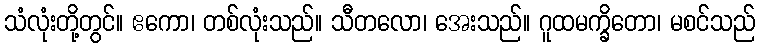
သံလုံးတို့တွင်။ ဧကော၊ တစ်လုံးသည်။ သီတလော၊ အေးသည်။ ဂူထမက္ခိတော၊ မစင်သည်